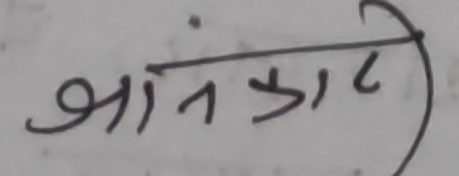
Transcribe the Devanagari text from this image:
जानकारी